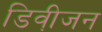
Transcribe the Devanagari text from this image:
डिवी़जन